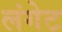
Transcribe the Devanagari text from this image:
लंगेट